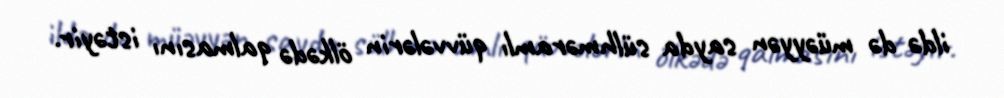
ildə də müəyyən sayda sülhməramlı qüvvələrin ölkədə qalmasını istəyir.